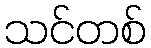
သင်တစ်